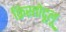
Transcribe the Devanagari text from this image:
क्रिस्तोदूलू